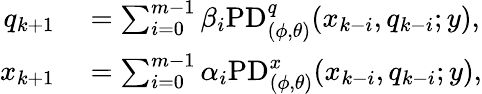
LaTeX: \begin{array}{rl}{q_{k+1}}&{{}=\sum_{i=0}^{m-1}\beta_{i}\mathrm{PD}_{(\phi,\theta)}^{q}(x_{k-i},q_{k-i};y),}\\ {x_{k+1}}&{{}=\sum_{i=0}^{m-1}\alpha_{i}\mathrm{PD}_{(\phi,\theta)}^{x}(x_{k-i},q_{k-i};y),}\end{array}